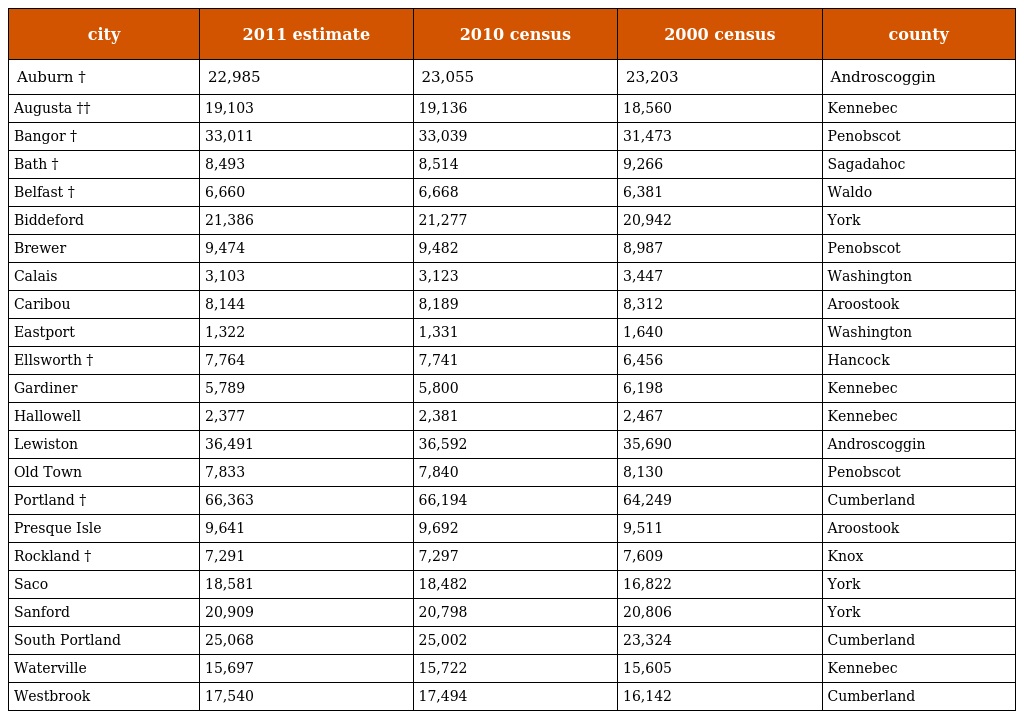
| city | 2011 estimate | 2010 census | 2000 census | county |
 | --- | --- | --- | --- | --- |
 | Auburn † | 22,985 | 23,055 | 23,203 | Androscoggin |
 | Augusta †† | 19,103 | 19,136 | 18,560 | Kennebec |
 | Bangor † | 33,011 | 33,039 | 31,473 | Penobscot |
 | Bath † | 8,493 | 8,514 | 9,266 | Sagadahoc |
 | Belfast † | 6,660 | 6,668 | 6,381 | Waldo |
 | Biddeford | 21,386 | 21,277 | 20,942 | York |
 | Brewer | 9,474 | 9,482 | 8,987 | Penobscot |
 | Calais | 3,103 | 3,123 | 3,447 | Washington |
 | Caribou | 8,144 | 8,189 | 8,312 | Aroostook |
 | Eastport | 1,322 | 1,331 | 1,640 | Washington |
 | Ellsworth † | 7,764 | 7,741 | 6,456 | Hancock |
 | Gardiner | 5,789 | 5,800 | 6,198 | Kennebec |
 | Hallowell | 2,377 | 2,381 | 2,467 | Kennebec |
 | Lewiston | 36,491 | 36,592 | 35,690 | Androscoggin |
 | Old Town | 7,833 | 7,840 | 8,130 | Penobscot |
 | Portland † | 66,363 | 66,194 | 64,249 | Cumberland |
 | Presque Isle | 9,641 | 9,692 | 9,511 | Aroostook |
 | Rockland † | 7,291 | 7,297 | 7,609 | Knox |
 | Saco | 18,581 | 18,482 | 16,822 | York |
 | Sanford | 20,909 | 20,798 | 20,806 | York |
 | South Portland | 25,068 | 25,002 | 23,324 | Cumberland |
 | Waterville | 15,697 | 15,722 | 15,605 | Kennebec |
 | Westbrook | 17,540 | 17,494 | 16,142 | Cumberland |